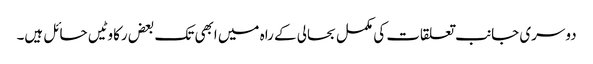
دوسری جانب تعلقات کی مکمل بحالی کے راہ میں ابھی تک بعض رکاوٹیں حائل ہیں۔